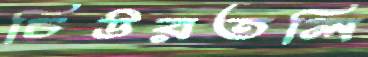
চিউরতলি